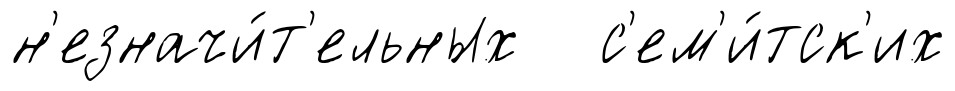
н'езначи́т'ельных с'ем'и́тск'их